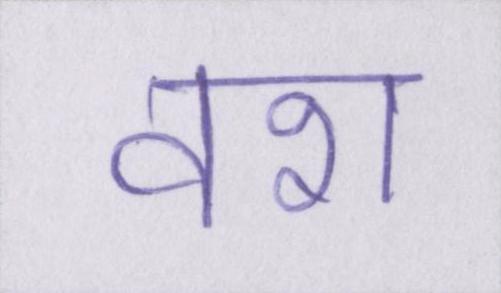
वश